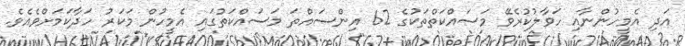
އަދި އެމީހުންނާއި ހަވާލުކުރެވޭ މަސައްކަތްތަކުގެ 62 އިންސައްތަ މަސައްކަތުގައި އެމީހުން މަކަރު ހަދާކަމަށްވެއެވެ.